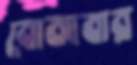
বোঝাবার